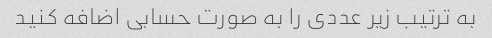
به ترتیب زیر عددی را به صورت حسابی اضافه کنید